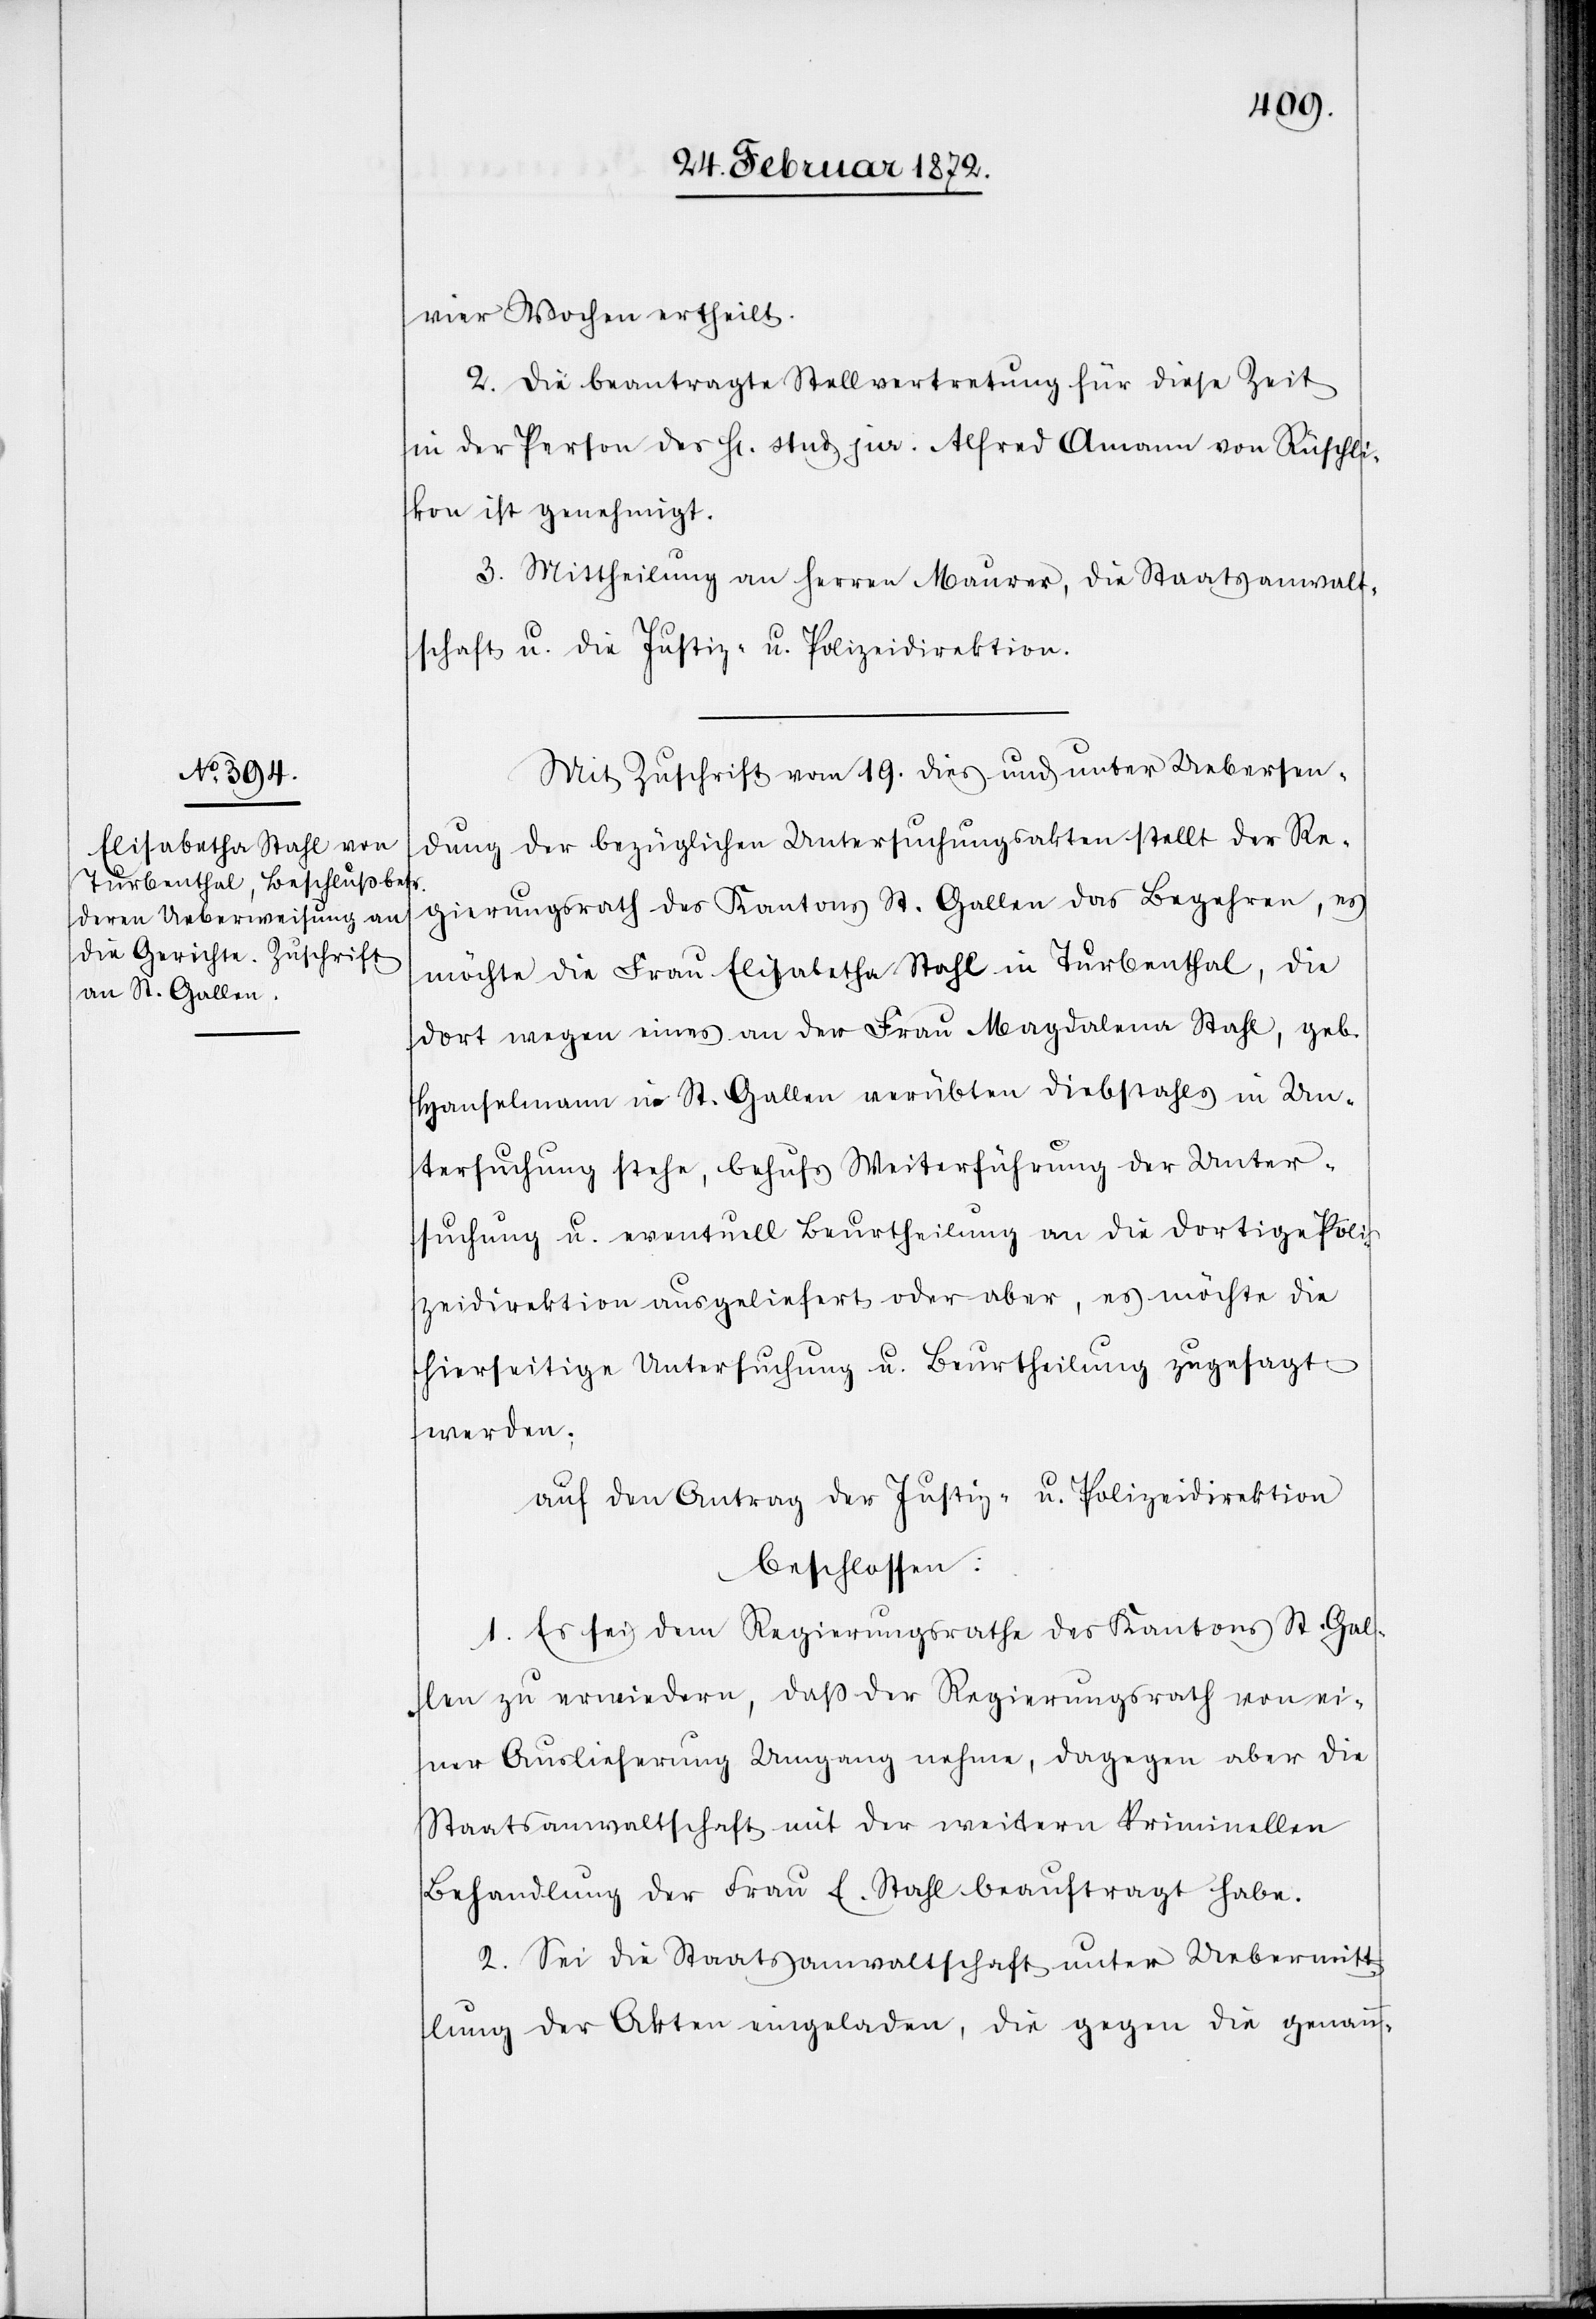
vier Wochen ertheilt.
2. Die beantragte Stellvertretung für diese Zeit
in der Person des Hr. stud. jur. Alfred Amann [sic!] von Rüschli¬
kon ist genehmigt.
3. Mittheilung an Herren Maurer, die Staatsanwalt¬
schaft u. die Justiz- u. Polizeidirektion.
Mit Zuschrift vom 19. dies und unter Uebersen¬
dung der bezüglichen Untersuchungsakten stellt der Re¬
gierungsrath des Kantons St. Gallen das Begehren, es
möchte die Frau Elisabetha Stahl in Turbenthal, die
dort wegen eines an der Frau Magdalena Stahl, geb.
Hanselmann in St. Gallen verübten Diebstahls in Un¬
tersuchung stehe, behufs Weiterführung der Unter¬
suchung u. eventuell Beurtheilung an die dortige Poli¬
zeidirektion ausgeliefert oder aber, es möchte die
hierseitige Untersuchung u. Beurtheilung zugesagt
werden;
auf den Antrag der Justiz- u. Polizeidirektion
beschlossen:
1. Es sei dem Regierungsrathe des Kantons St. Gal¬
len zu erwiedern, daß der Regierungsrath von ei¬
ner Auslieferung Umgang nehme, dagegen aber die
Staatsanwaltschaft mit der weitern Kriminellen
Behandlung der Frau E. Stahl beauftragt habe.
2. Sei die Staatsanwaltschaft unter Uebermitt¬
lung der Akten eingeladen, die gegen die genann-